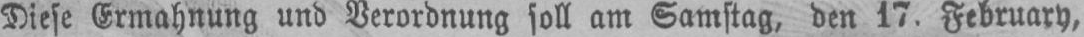
Diese Ermahnung und Verordnung soll am Samstag, den 17. February,